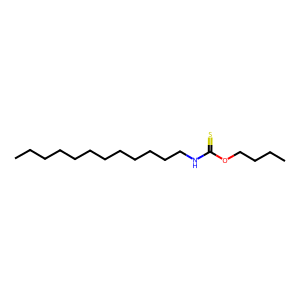
SMILES: CCCCCCCCCCCCNC(=S)OCCCC
Inhibits HIV replication: No